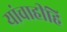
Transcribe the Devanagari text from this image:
यांचाहीहि